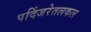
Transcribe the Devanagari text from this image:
पदिंजरेतलकल